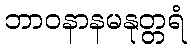
ဘာဝနာနမနုတ္တရံ